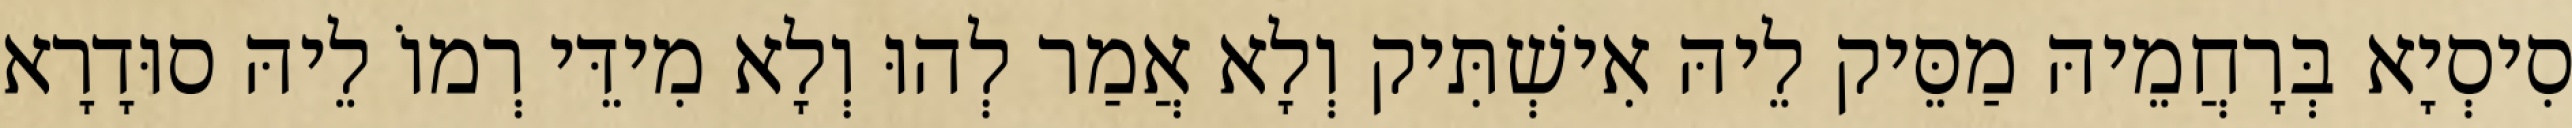
סִיסְיָא בְּרָחֲמֵיהּ מַסֵּיק לֵיהּ אִישְׁתִּיק וְלָא אֲמַר לְהוּ וְלָא מִידֵּי רְמוֹ לֵיהּ סוּדָרָא